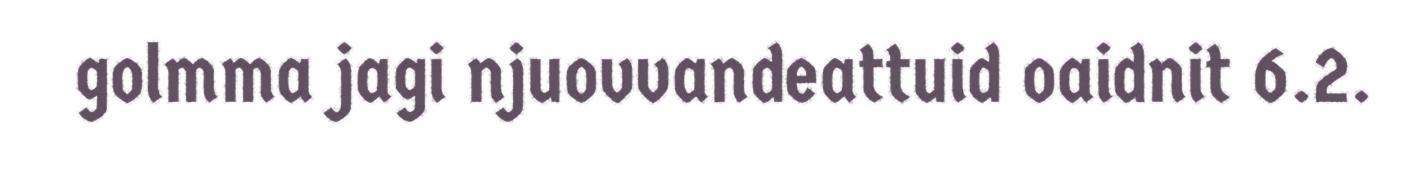
golmma jagi njuovvandeattuid oaidnit 6.2.